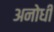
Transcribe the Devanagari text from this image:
अनोधी